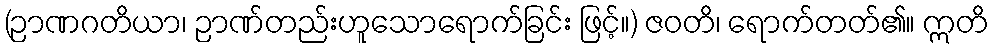
(ဉာဏဂတိယာ၊ ဉာဏ်တည်းဟူသောရောက်ခြင်း ဖြင့်။) ဇဝတိ၊ ရောက်တတ်၏။ ဣတိ